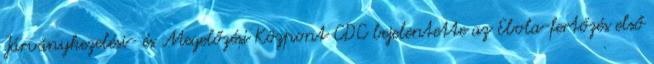
Járványkezelési- és Megelőzési Központ CDC bejelentette az Ebola-fertőzés első